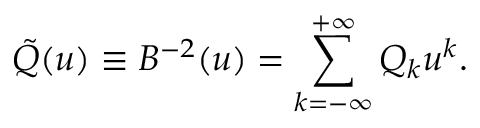
\tilde { Q } ( u ) \equiv B ^ { - 2 } ( u ) = \sum _ { k = - \infty } ^ { + \infty } Q _ { k } u ^ { k } .